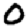
Digit: 0